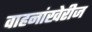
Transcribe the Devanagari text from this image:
वाहनांखेरीज